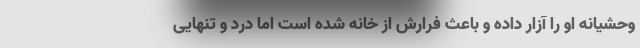
وحشیانه او را آزار داده و باعث فرارش از خانه شده است اما درد و تنهایی